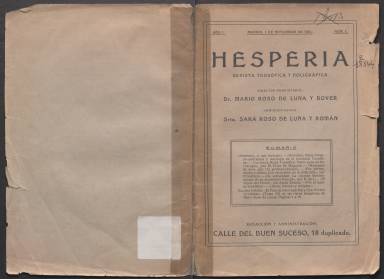
Título: Hesperia (Madrid. 1921)
Colección: Espiritismo
Ámbito geográfico: Madrid
Lugar de publicación: Madrid
Fechas: 01/11/1921-01/11/1921